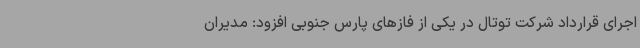
اجرای قرارداد شرکت توتال در یکی از فازهای پارس جنوبی افزود: مدیران